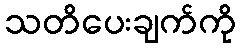
သတိပေးချက်ကို